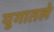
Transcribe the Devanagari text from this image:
युगातले